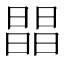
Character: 𣊫